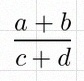
\frac{a+b}{c+d}